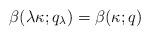
LaTeX: \begin{align*}\beta(\lambda \kappa; q_\lambda) = \beta(\kappa; q) \quad\end{align*}